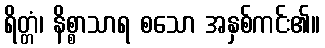
ရိတ္တံ၊ နိစ္စာသာရ စသော အနှစ်ကင်း၏။